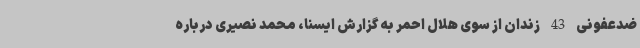
ضدعفونی 43 زندان از سوی هلال احمر به گزارش ایسنا، محمد نصیری درباره